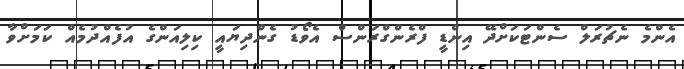
އެންމެ ނެޗުރަލް ސެންޓަކަށްދޭ އިންޑީ ފްރެންގްރަންސް އެވޯޑު ގެންދިޔައީ ކިލިއަންގެ އުފެއްދުމެއް ކަމަށްވާ